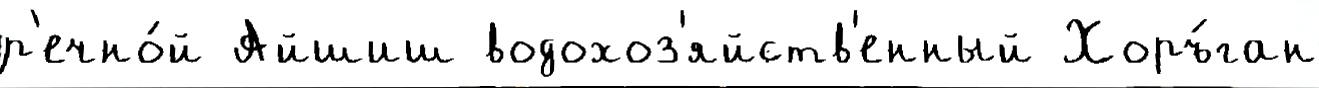
р'ечно́й Айшиш водохоз'яйств'енный Хоръ́ган